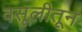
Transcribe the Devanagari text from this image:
वसूलीतून